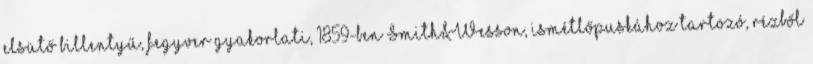
elsütő billentyű, fegyver gyakorlati, 1859-ben Smith&Wesson, ismétlőpuskához tartozó, rézből